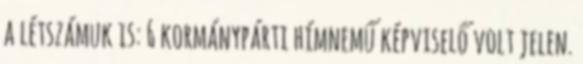
a létszámuk is: 6 kormánypárti hímnemű képviselő volt jelen.